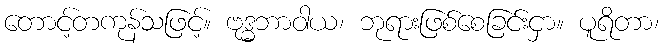
တောင့်တကုန်သဖြင့်။ ဗုဒ္ဓဘာဝါယ၊ ဘုရားဖြစ်စေခြင်းငှာ။ ပူရိတာ၊